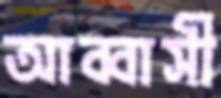
আব্বাসী